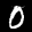
Digit: 0